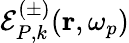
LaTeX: \mathcal{E}_{P,k}^{(\pm)}(\mathbf{r},\omega_{p})